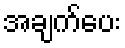
အချက်ပေး